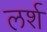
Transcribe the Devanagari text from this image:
लर्श